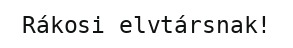
Rákosi elvtársnak!